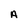
Character: A